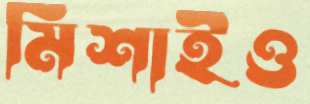
মিশাইও